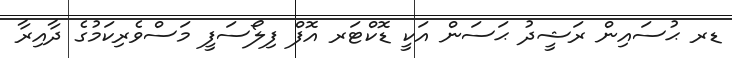
ޑރ ޙުސައިން ރަޝީދު ޙަސަން އަކީ ޑޮކްޓަރ އޮފް ފިލޯސަފީ މަސްވެރިކަމުގެ ދާއިރާ